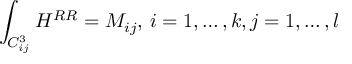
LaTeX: \int _ { C _ { i j } ^ { 3 } } H ^ { R R } = M _ { i j } , \, i = 1 , \ldots , k , j = 1 , \ldots , l